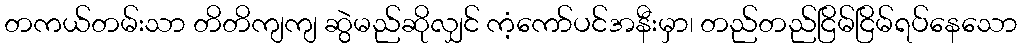
တကယ်တမ်းသာ တိတိကျကျ ဆွဲမည်ဆိုလျှင် ကံ့ကော်ပင်အနီးမှာ၊ တည်တည်ငြိမ်ငြိမ်ရပ်နေသော